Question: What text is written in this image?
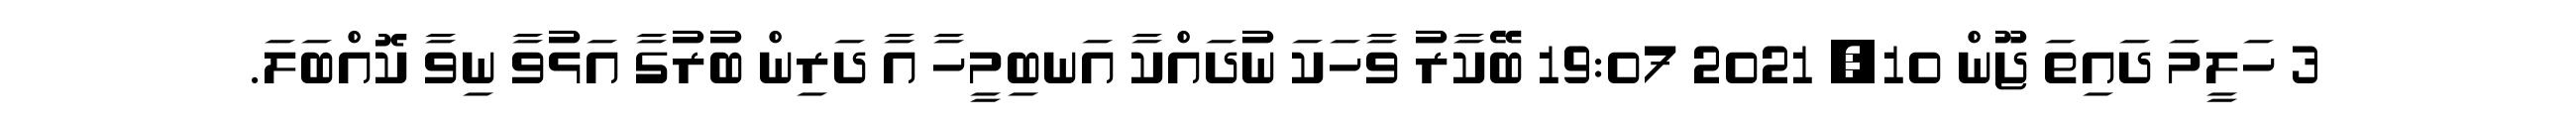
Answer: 3 ހަލީމަ ދައިތަ ޖޫން 10, 2021 19:07 ބޭކާރު ވާހަކަ ނުދައްކާ އަނބިމީހާ އާ ދަރިން ބުރުގާ އަޅުވާ ނިވާ ކޮއްބަލަ.